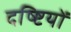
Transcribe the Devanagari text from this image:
दष्ष्टियों